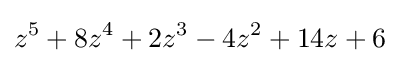
z^{5}+8z^{4}+2z^{3}-4z^{2}+14z+6